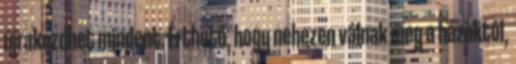
újrakezdhet mindent. Érthető, hogy nehezen válnak meg a házuktól,